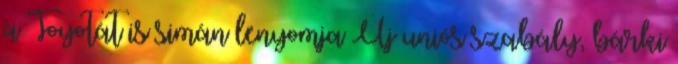
a Toyotát is simán lenyomja Új uniós szabály, bárki